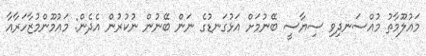
މައުލޫމާތު މުއްސަނދިވި ސިޔާސީ ބޭނުމަށް އަޅުގަނޑުގެ ނަން ބޭނުން ނުކުރުން އެދެން: މައުމޫންމުޒާހަރާއާ